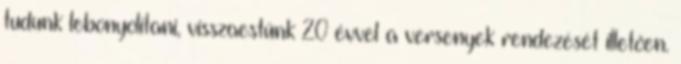
tudunk lebonyolítani, visszaestünk 20 évvel a versenyek rendezését illetően.